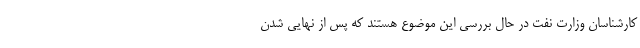
کارشناسان وزارت نفت در حال بررسی این موضوع هستند که پس از نهایی شدن